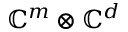
\mathbb { C } ^ { m } \otimes \mathbb { C } ^ { d }